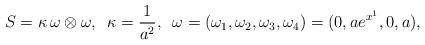
LaTeX: \begin{align*}S = \kappa\, \omega \otimes \omega, \,\,\, \kappa = \frac{1}{a^2}, \,\,\, \omega = ( \omega _{1}, \omega _{2}, \omega _{3}, \omega _{4})= (0, ae^{x^1}, 0, a), \end{align*}